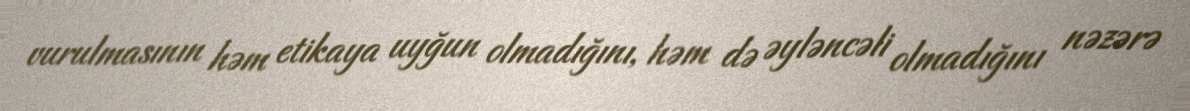
vurulmasının həm etikaya uyğun olmadığını, həm də əyləncəli olmadığını nəzərə